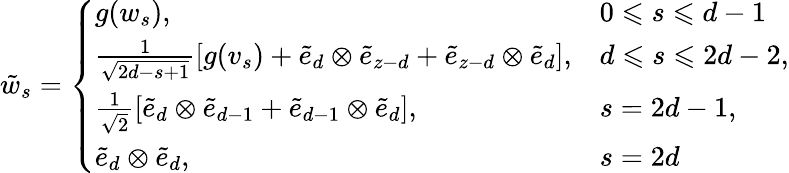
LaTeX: \tilde{w}_{s}=\left\{ \begin{array}{ll}{g(w_{s}),}&{0\leqslant s\leqslant d-1}\\ {\frac{1}{\sqrt{2d-s+1}}\left[g(v_{s})+\tilde{e}_{d}\otimes\tilde{e}_{z-d}+\tilde{e}_{z-d}\otimes\tilde{e}_{d}\right],}&{d\leqslant s\leqslant 2d-2,}\\ {\frac{1}{\sqrt{2}}\left[\tilde{e}_{d}\otimes\tilde{e}_{d-1}+\tilde{e}_{d-1}\otimes\tilde{e}_{d}\right],}&{s=2d-1,}\\ {\tilde{e}_{d}\otimes\tilde{e}_{d},}&{s=2d}\end{array}\right.